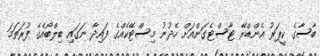
ބާސާގެ ކީޕަރު އެންޑްރޭ ޓާސްޓެގަންއަށް ހެދުނު މިސްޓޭކެއްގެ ފައިދާ ނަގައި ބިލްބޯއެގެ ފުރަތަމަ